Leaving Certificate Examination, 1924
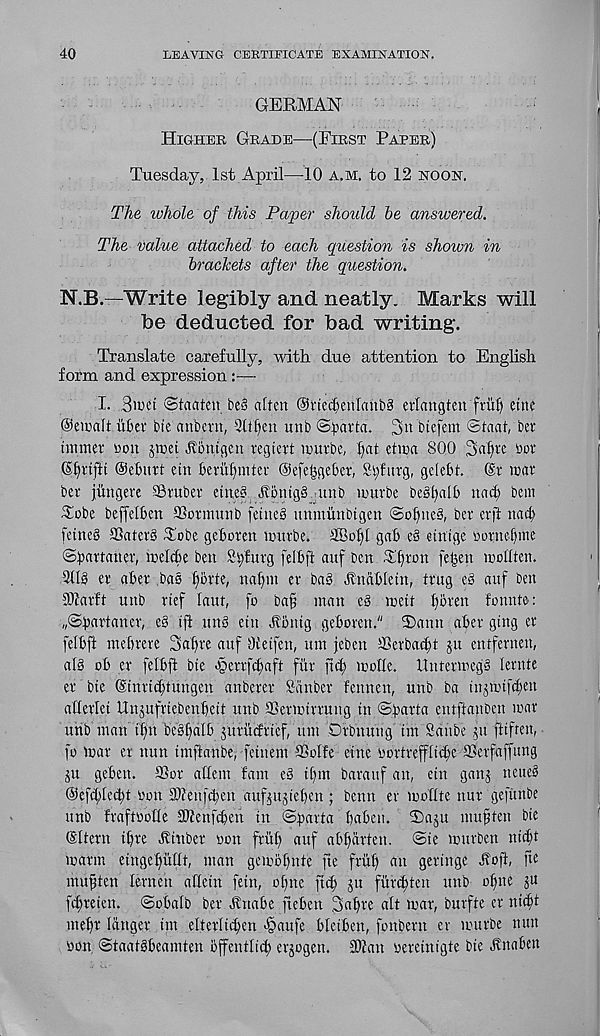
40
LEAVING CERTIFICATE EXAMINATION.
GERMAN
Higher Grade—(First Paper)
Tuesday, 1st April—10 a.m. to 12 no oh.
The whole of this Paper should be answered.
The value attached to each question is shown in
brackets after the question.
N.B.—Write legibly and neatly. Marks will
be deducted for bad writing.
Translate carefully, with due attention to English
form and expression:—
I. 3iuet ©tauten
alten ®ned)enlahb3 effangten friil) cine
©eniaft titer bie anbern, -2(tf)en unb ©parta. 3 11 btefem @taat, ber
tmmer non jroet Hbnigen regtert irurbe, pat etira 800 3af)re nor
S^riftt ©efmrt etn terufgnter ©efe^geter, Spfurg, gelebt. (St war
ber jfmgere S6 ruber einet JvoiugS unb wurbe be§l)alt it act; bem
Tobe beffelben SSonnunb feinet nnmiinbtgen @ofme§, ber crft nact
fetneg ffiaterg tEobe getoren wurbe.
gat e§ etntge nornefnne
©partaner, welcte ben Spfurg feltft auf ben T^ron fe|3en wottten.
91Ig er ater bag fybrte, napm er bat Anatlein, trug eg auf ben
9)?arft unb rief lant, fo ba§ man eg metf ptren f'onnte:
„©partaner, eg tfl ung etn Jtontg getoren." 3)ann ater gtng er
feltft metrere Satre auf Oietfen, um jeben tOerbactt ju entfernen,
alg ot er feltft bte egerrfctaft fiir fttf) wolle. ilntetmcgg lernte
er bte (Stnricttungen anberer Sanber fcnnen, unb ba upmtfcten
allerlei Unjufriebenteit unb aSerwtrrung in ©parta entftanben war
urib man f|n begf)a[f ptrucfrtcf, um Crbnung tm Sanbe pt ftiften,
fo War er nun tmftanbe, fctnem SGolfe erne oortrefflid)e ffierfaffung
ju geten. SSpr aflcm fam eg tf)m barauf an, etn ganj neueg
©efctlecpt bon SDtenfdten aufppteben ; benu er wottte nur gefunbe
unb fraftoode SJtenfcten in ©parta paten. 2)aju muften bte
(SItern tpre Ahtber non friip auf atparten. ©te wurben ntipt
warm eingepuht, man gewtpnte fie friip an gertnge Aoft, fte
mu^ten lernett afletn fetn, opne ftcp ju fiircpten unb opne ju
fcpreten. ©otalb ber Jtnate fieten Sapre alt war, burfte er nttpt
mepr langer tm elterltcpen >§aufe tletten, fonbern er wurbe nun
non ©taatgteamten offentlicp erjogen. SOtan bereinigte bte Unaten